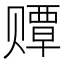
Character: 𫎫